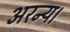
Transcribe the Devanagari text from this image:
अरन्य।